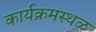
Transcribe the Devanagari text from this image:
कार्यक्रमस्थळ